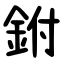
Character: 鉜